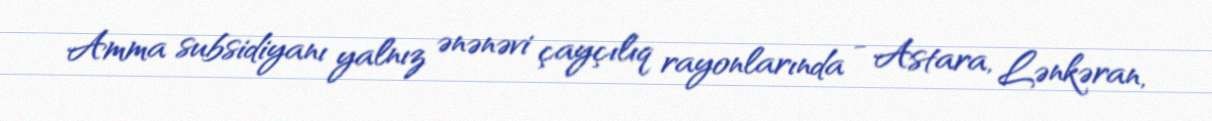
Amma subsidiyanı yalnız ənənəvi çayçılıq rayonlarında - Astara, Lənkəran,